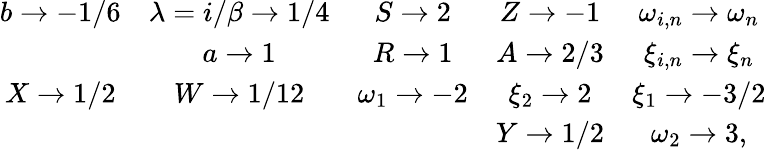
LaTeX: \begin{array}{ccccc}{{b\rightarrow-1/6}}&{{\lambda=i/\beta\rightarrow 1/4}}&{{S\rightarrow 2}}&{{Z\rightarrow-1}}&{{\omega_{i,n}\rightarrow\omega_{n}}}\\ {{}}&{{a\rightarrow 1}}&{{R\rightarrow 1}}&{{A\rightarrow 2/3}}&{{\xi_{i,n}\rightarrow\xi_{n}}}\\ {{X\rightarrow 1/2}}&{{W\rightarrow 1/12}}&{{\omega_{1}\rightarrow-2}}&{{\xi_{2}\rightarrow 2}}&{{\xi_{1}\rightarrow-3/2}}\\ {{}}&{{}}&{{}}&{{Y\rightarrow 1/2}}&{{\omega_{2}\rightarrow 3,}}\end{array}